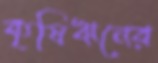
কৃষিঋনের